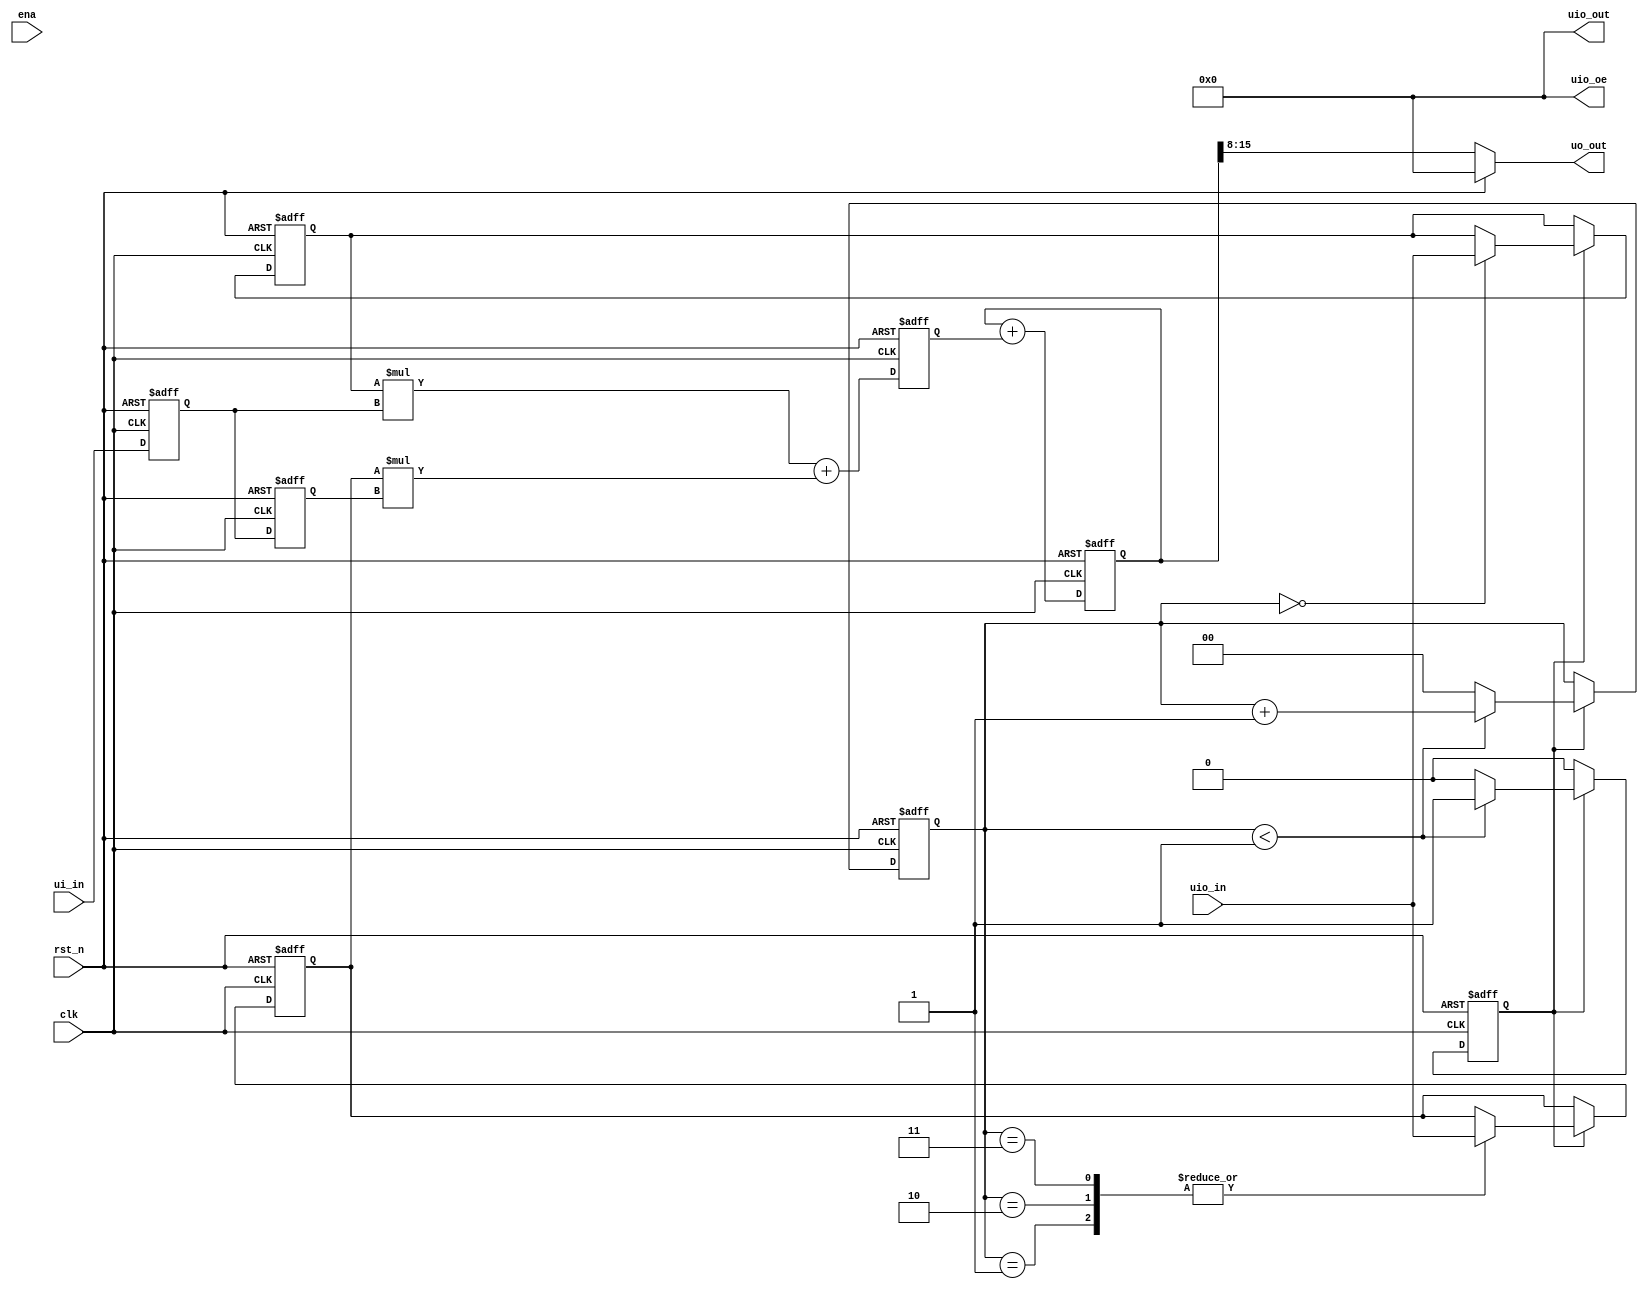
`default_nettype none
`timescale 1ns/1ps


module tt_um_digitaler_filter(
    input  wire [7:0] ui_in,    // Dedicated inputs - connected to the input switches
    output wire [7:0] uo_out,   // Dedicated outputs - connected to the 7 segment display
    input  wire [7:0] uio_in,   // IOs: Bidirectional Input path
    output wire [7:0] uio_out,  // IOs: Bidirectional Output path
    output wire [7:0] uio_oe,   // IOs: Bidirectional Enable path (active high: 0=input, 1=output)
    input  wire       ena,      // will go high when the design is enabled
    input  wire       clk,      // clock
    input  wire       rst_n     // reset_n - low to reset
);


    /* verilator lint_off UNUSEDSIGNAL */
    wire z2 = ena;
    /* verilator lint_on UNUSEDSIGNAL */
    assign uio_out[7:0] = 8'b0;
    assign uio_oe[7:0] = 8'b0;


    
    wire [7:0] const_h = uio_in;
    wire reset = rst_n;
    wire [7:0] y;
    wire [7:0] x = ui_in;
    assign uo_out[7:0] = y;

    reg [1:0] counter;
    reg [7:0] h [1:0];
    reg [7:0] x_reg [1:0];
    reg [15:0] product;
    reg [23:0] sum;
    reg h_start;
 
    always @(posedge clk or posedge reset) begin
	
    	if (reset) begin
	    counter <= 2'b00;
	    h[0] <= 8'h00;
	    h[1] <= 8'h00;
	    //h[2] <= 8'h00;
	    //h[3] <= 8'h00;
            sum <= 24'h000000;
	    product <= 16'h0000;
	    x_reg[0] <= 8'h00;
	    x_reg[1] <= 8'h00;
	    //x_reg[2] <= 8'h00;
	    //x_reg[3] <= 8'h00;
	    h_start <= 1'b1;
        end else begin
	    
	    if (h_start) begin
	    case (counter)
		2'b00:
		    h[0] <= const_h;
		2'b01:
		    h[1] <= const_h;
		2'b10:
		    h[1] <= const_h;
		2'b11:
		    h[1] <= const_h;
	    endcase

	    if (counter < 2'b01)
		counter <= counter + 1;
	    else begin
		counter <= 2'b00;
		h_start <= 1'b0;
	    end
	    end
            x_reg[0] <= x;
	    x_reg[1] <= x_reg[0];
	    //x_reg[2] <= x_reg[1];
	    //x_reg[3] <= x_reg[2];

	    product <= h[0] * x_reg[0] + h[1] * x_reg[1]; //+ h[2] * x_reg[2]; //+ h[3] * x_reg[3];
	    sum <= sum + {8'b00000000,product};

	end
    end
   assign y = (reset) ? 8'h00 : sum[15:8];
endmodule